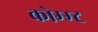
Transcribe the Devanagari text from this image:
कोम्म्ट